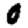
Digit: 0